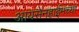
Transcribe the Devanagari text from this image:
आयसेनहाईमच्या